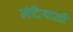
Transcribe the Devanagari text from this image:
मंदियाळी